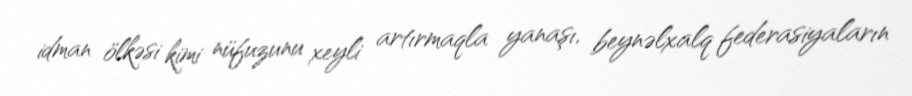
idman ölkəsi kimi nüfuzunu xeyli artırmaqla yanaşı, beynəlxalq federasiyaların